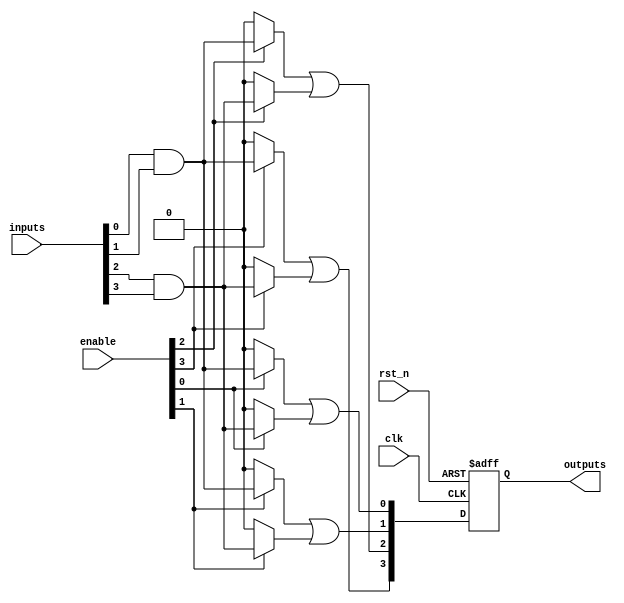
module RPAL #(
    parameter NUM_INPUTS = 4,      // Number of input signals
    parameter NUM_PRODUCT_TERMS = 8,// Number of AND gates in the array
    parameter NUM_OUTPUTS = 4       // Number of outputs
)(
    input  wire                   clk,           // Global clock input
    input  wire                   rst_n,         // Active low reset
    input  wire [NUM_INPUTS-1:0] inputs,        // Input signals
    input  wire [NUM_PRODUCT_TERMS-1:0] enable,  // Enable signals for AND gates
    output reg  [NUM_OUTPUTS-1:0] outputs        // Registered output signals
);

    // Internal wires for AND array outputs
    wire [NUM_PRODUCT_TERMS-1:0] and_outputs; 

    // Programmable AND array
    genvar i, j;
    generate
        for (i = 0; i < NUM_PRODUCT_TERMS; i = i + 1) begin: and_array
            assign and_outputs[i] = (enable[i] ? ( inputs[0] && inputs[1] ) : 1'b0) // Example with fixed inputs
                                         || (enable[i] ? ( inputs[2] && inputs[3] ) : 1'b0);
        end
    endgenerate

    // Registered Outputs Logic
    always @(posedge clk or negedge rst_n) begin
        if (!rst_n) begin
            outputs <= 0;
        end else begin
            // Registering AND outputs based on a simple control logic
            outputs[0] <= and_outputs[0]; // Example Mapping
            outputs[1] <= and_outputs[1]; // Example Mapping
            outputs[2] <= and_outputs[2]; // Example Mapping
            outputs[3] <= and_outputs[3]; // Example Mapping
        end
    end

endmodule